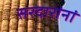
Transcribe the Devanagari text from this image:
सरदारांनां